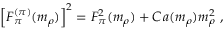
\left[ F _ { \pi } ^ { ( \pi ) } ( m _ { \rho } ) \right] ^ { 2 } = F _ { \pi } ^ { 2 } ( m _ { \rho } ) + C \, a ( m _ { \rho } ) m _ { \rho } ^ { 2 } \ ,